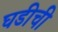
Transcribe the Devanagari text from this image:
घडीची